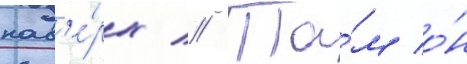
нав'е́рх // Та́м о́н